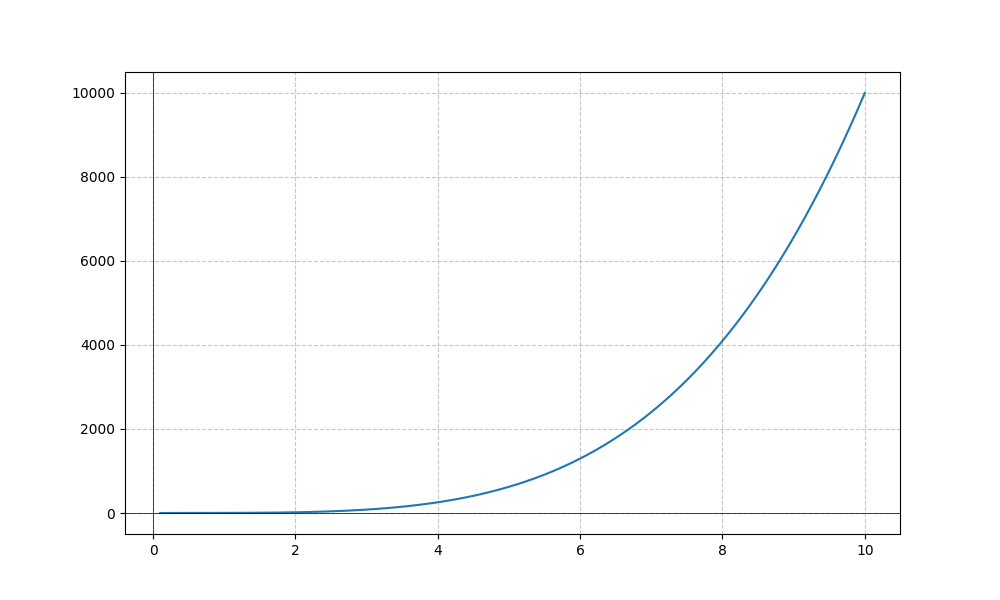
LaTeX formula: x^{4} + \sin{\left(x \right)}